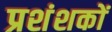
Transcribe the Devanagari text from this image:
प्रशंशकों